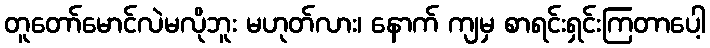
တူတော်မောင်လဲမလိုဘူး မဟုတ်လား၊ နောက် ကျမှ စာရင်းရှင်းကြတာပေါ့